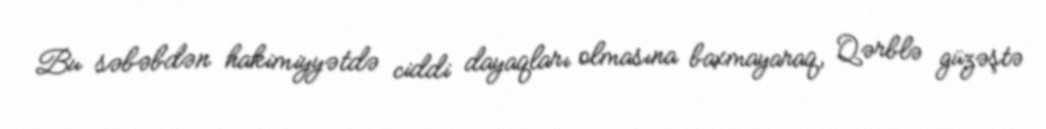
Bu səbəbdən hakimiyyətdə ciddi dayaqları olmasına baxmayaraq, Qərblə güzəştə